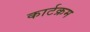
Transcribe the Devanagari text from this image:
कार्टक्रम